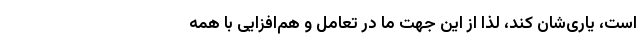
است، یاری‌شان کند، لذا از این جهت ما در تعامل و هم‌افزایی با همه